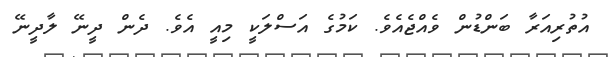
އުތުރިއަރާ ބަންޑުން ވެއްޖެއެވެ. ކަމުގެ އަސްލަކީ މިއީ އެވެ. ދެން ދީނޭ ލާދީނޭ